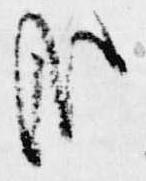
哉